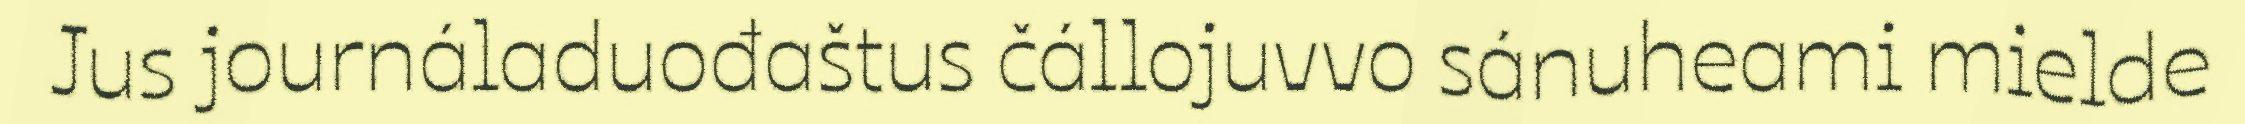
Jus journáladuođaštus čállojuvvo sánuheami mielde